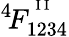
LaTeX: ^4\! F_{1234}^{^{\mathrm{~I~I~}}}